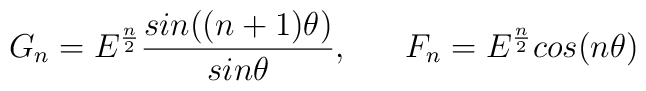
G_{n} = E^{\frac{n}{2}} \frac{sin ((n+1)\theta)}{sin \theta}, \;\;\;\;\;\; F_{n} = E^{\frac{n}{2}} cos (n\theta)